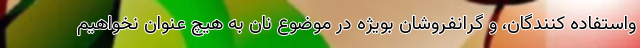
واستفاده کنندگان، و گرانفروشان بویژه در موضوع نان به هیچ عنوان نخواهیم